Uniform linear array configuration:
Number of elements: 8
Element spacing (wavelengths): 0.5
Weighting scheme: binomial
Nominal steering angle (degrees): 30
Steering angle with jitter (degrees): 28.747
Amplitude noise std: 0.05
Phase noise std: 0.05

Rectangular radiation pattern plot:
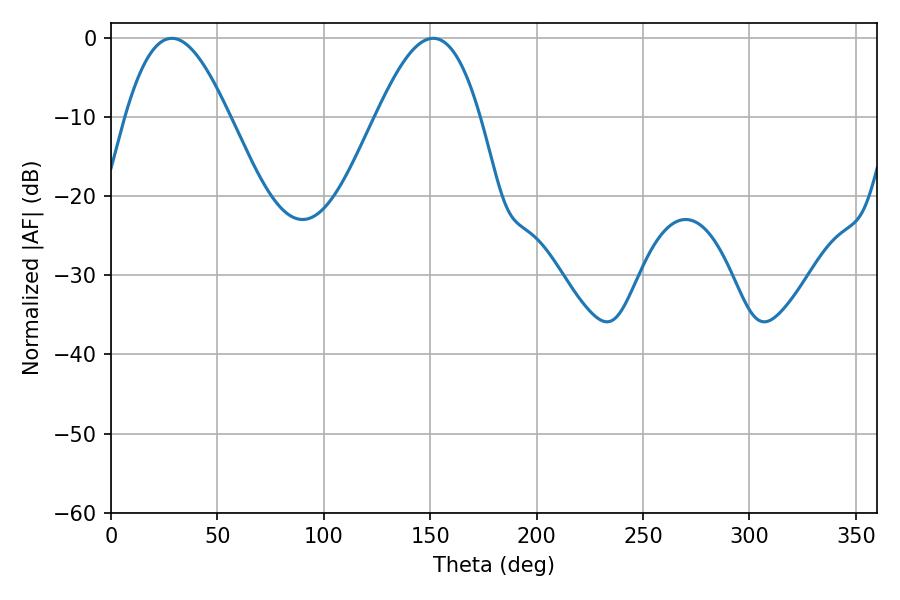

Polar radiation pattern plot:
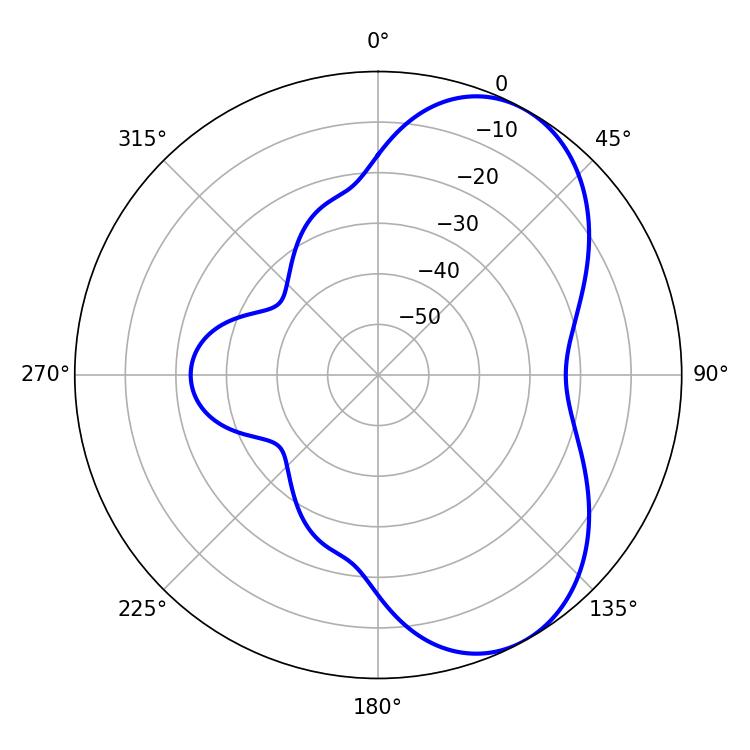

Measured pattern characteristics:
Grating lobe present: FALSE
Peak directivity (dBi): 6.037
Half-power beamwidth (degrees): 26.28
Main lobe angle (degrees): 28.62